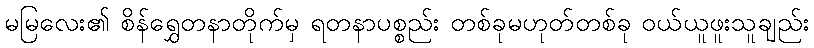
မမြလေး၏ စိန်ရွှေတနာတိုက်မှ ရတနာပစ္စည်း တစ်ခုမဟုတ်တစ်ခု ဝယ်ယူဖူးသူချည်း